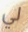
لي